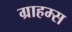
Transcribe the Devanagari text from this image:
ग्राहम्स